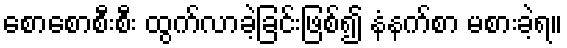
စောစောစီးစီး ထွက်လာခဲ့ခြင်းဖြစ်၍ နံနက်စာ မစားခဲ့ရ။